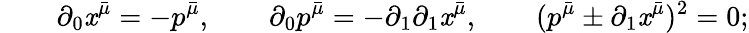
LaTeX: \qquad\partial_{0}\mathit{x}^{\bar{{\mu}}}=-p^{\bar{{\mu}}},\qquad\partial_{0}p^{\bar{{\mu}}}=-\partial_{1}\partial_{1}\mathit{x}^{\bar{{\mu}}},\qquad(p^{\bar{{\mu}}}\pm\partial_{1}\mathit{x}^{\bar{{\mu}}})^{2}=0;